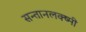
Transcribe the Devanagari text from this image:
सन्तानलक्ष्मी